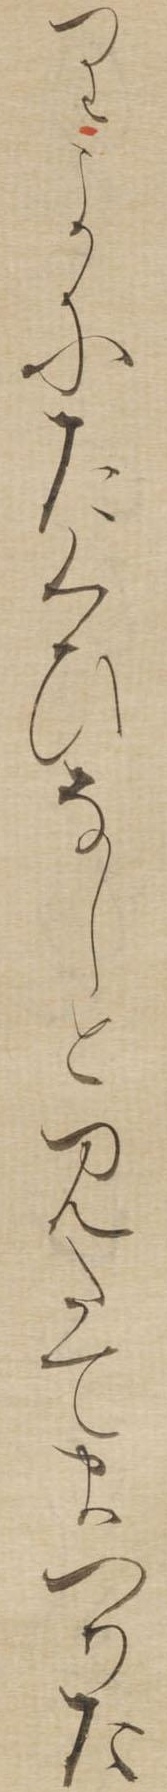
りよにたくひなしとみたてまつりま